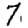
Digit: 7